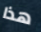
هذا